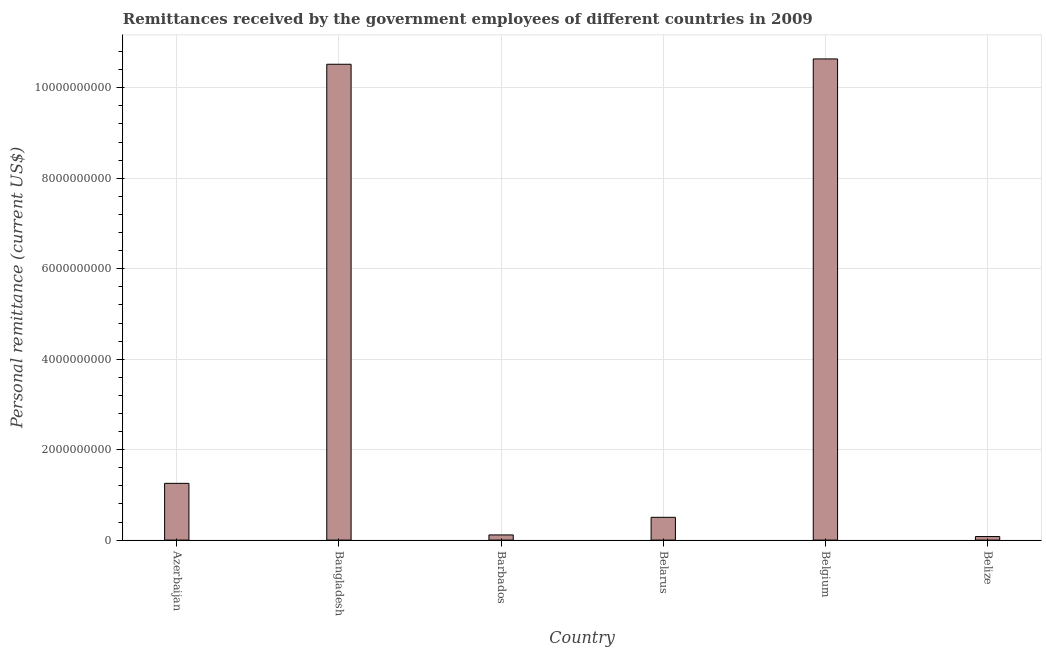
| Country | Personal remittances |
 | --- | --- |
 | Azerbaijan | 1.25e+09 |
 | Bangladesh | 1.05e+10 |
 | Barbados | 1.14e+08 |
 | Belarus | 5.04e+08 |
 | Belgium | 1.06e+10 |
 | Belize | 7.86e+07 |